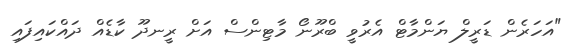
"އަހަރެން ޑަރީލް ޔަންމާޓް އެރުވީ ބްރޫނޯ މާޓިންސް އަށް ރީނދޫ ކާޑެއް ދައްކައިފައި